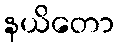
နယိတော